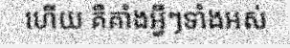
ហើយ គឺគាំងអ្វីៗទាំងអស់